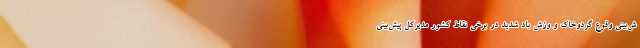
ش‌بینی وقوع گردوخاک و وزش باد شدید در برخی نقاط کشور مدیرکل پیش‌بینی